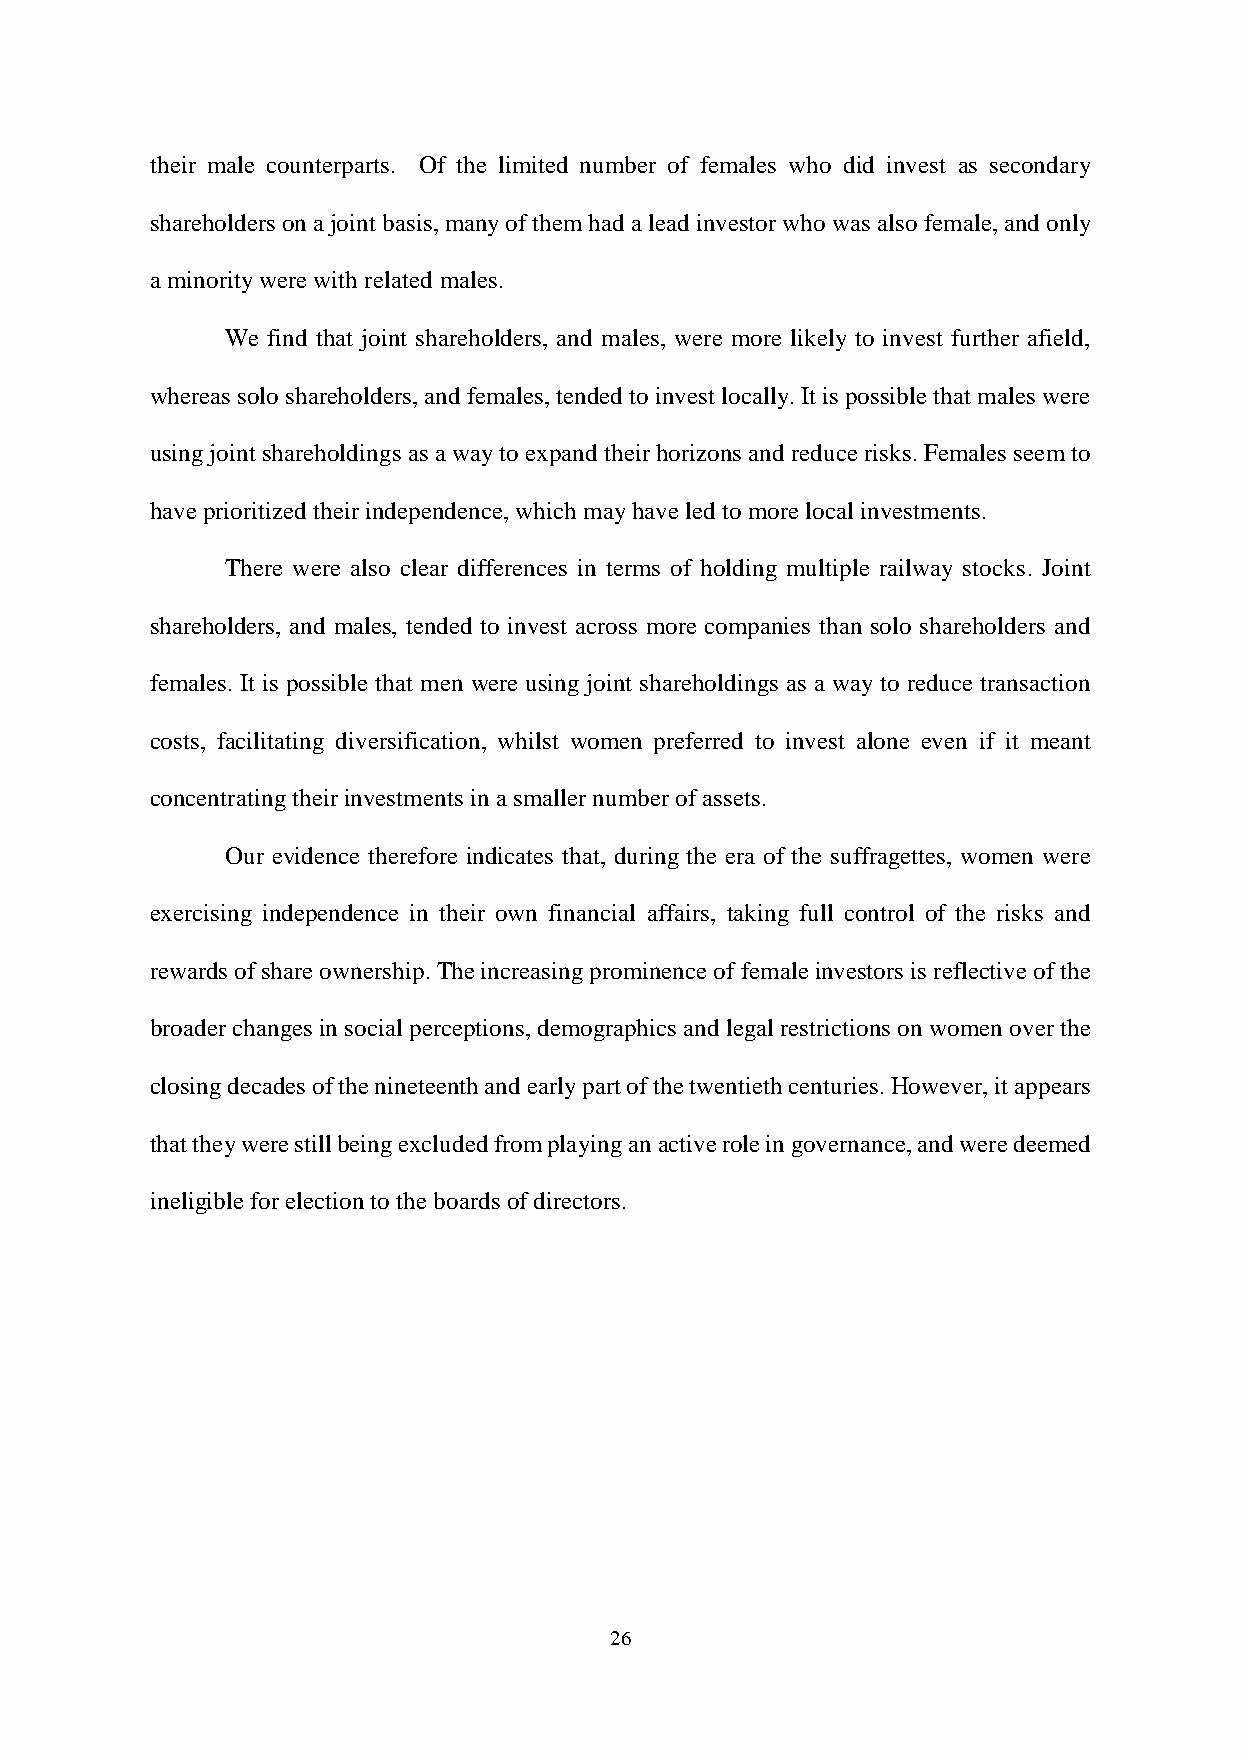
their male counterparts. Of the limited number of females who did invest as secondary
 shareholders on a joint basis, many of them had a lead investor who was also female, and only
 a minority were with related males.
 We find that joint shareholders, and males, were more likely to invest further afield,
 whereas solo shareholders, and females, tended to invest locally. It is possible that males were
 using joint shareholdings as a way to expand their horizons and reduce risks. Females seem to
 have prioritized their independence, which may have led to more local investments.
 There were also clear differences in terms of holding multiple railway stocks. Joint
 shareholders, and males, tended to invest across more companies than solo shareholders and
 females. It is possible that men were using joint shareholdings as a way to reduce transaction
 costs, facilitating diversification, whilst women preferred to invest alone even if it meant
 concentrating their investments in a smaller number of assets.
 Our evidence therefore indicates that, during the era of the suffragettes, women were
 exercising independence in their own financial affairs, taking full control of the risks and
 rewards of share ownership. The increasing prominence of female investors is reflective of the
 broader changes in social perceptions, demographics and legal restrictions on women over the
 closing decades of the nineteenth and early part of the twentieth centuries. However, it appears
 that they were still being excluded from playing an active role in governance, and were deemed
 ineligible for election to the boards of directors.
 26